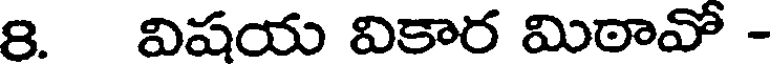
8. విషయ వికార మిఠావో -